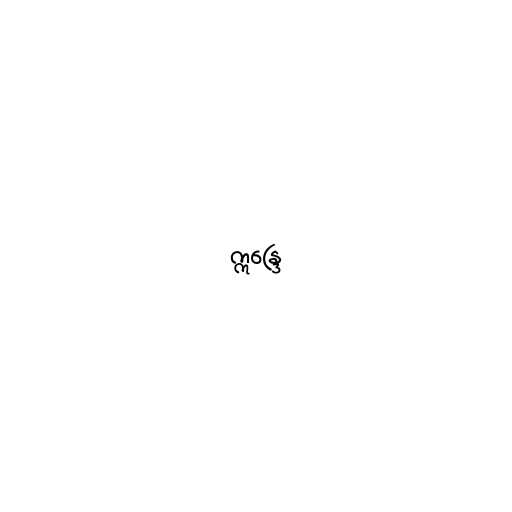
ဣန္ဒြေ